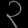
Digit: ၃